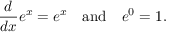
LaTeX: { \frac { d } { d x } } e ^ { x } = e ^ { x } \quad { \mathrm { a n d } } \quad e ^ { 0 } = 1 .